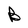
Character: B